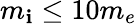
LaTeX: m_{\mathbf{i}}\le10m_{e}